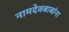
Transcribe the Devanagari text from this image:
नामदेवबाबांना